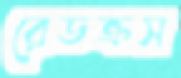
রেডক্রস